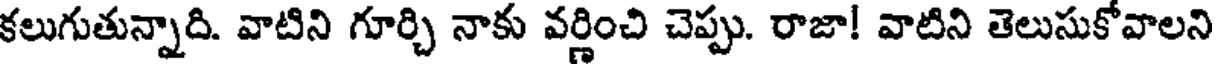
కలుగుతున్నాది. వాటిని గూర్చి నాకు వర్ణించి చెప్పు. రాజా! వాటిని తెలుసుకోవాలని